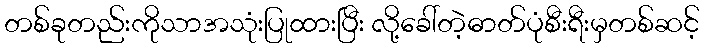
တစ်ခုတည်းကိုသာအသုံးပြုထားပြီး လို့ခေါ်တဲ့ဓာတ်ပုံစီးရီးမှတစ်ဆင့်